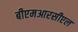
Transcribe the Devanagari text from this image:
बीएमआरसीएल